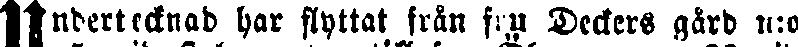
Undertecknad har flyttat från fru Deckers gård n:o